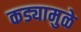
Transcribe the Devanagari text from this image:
कड्यामुळे